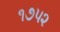
૧૭૫૨